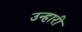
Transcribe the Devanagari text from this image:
उन्हारी